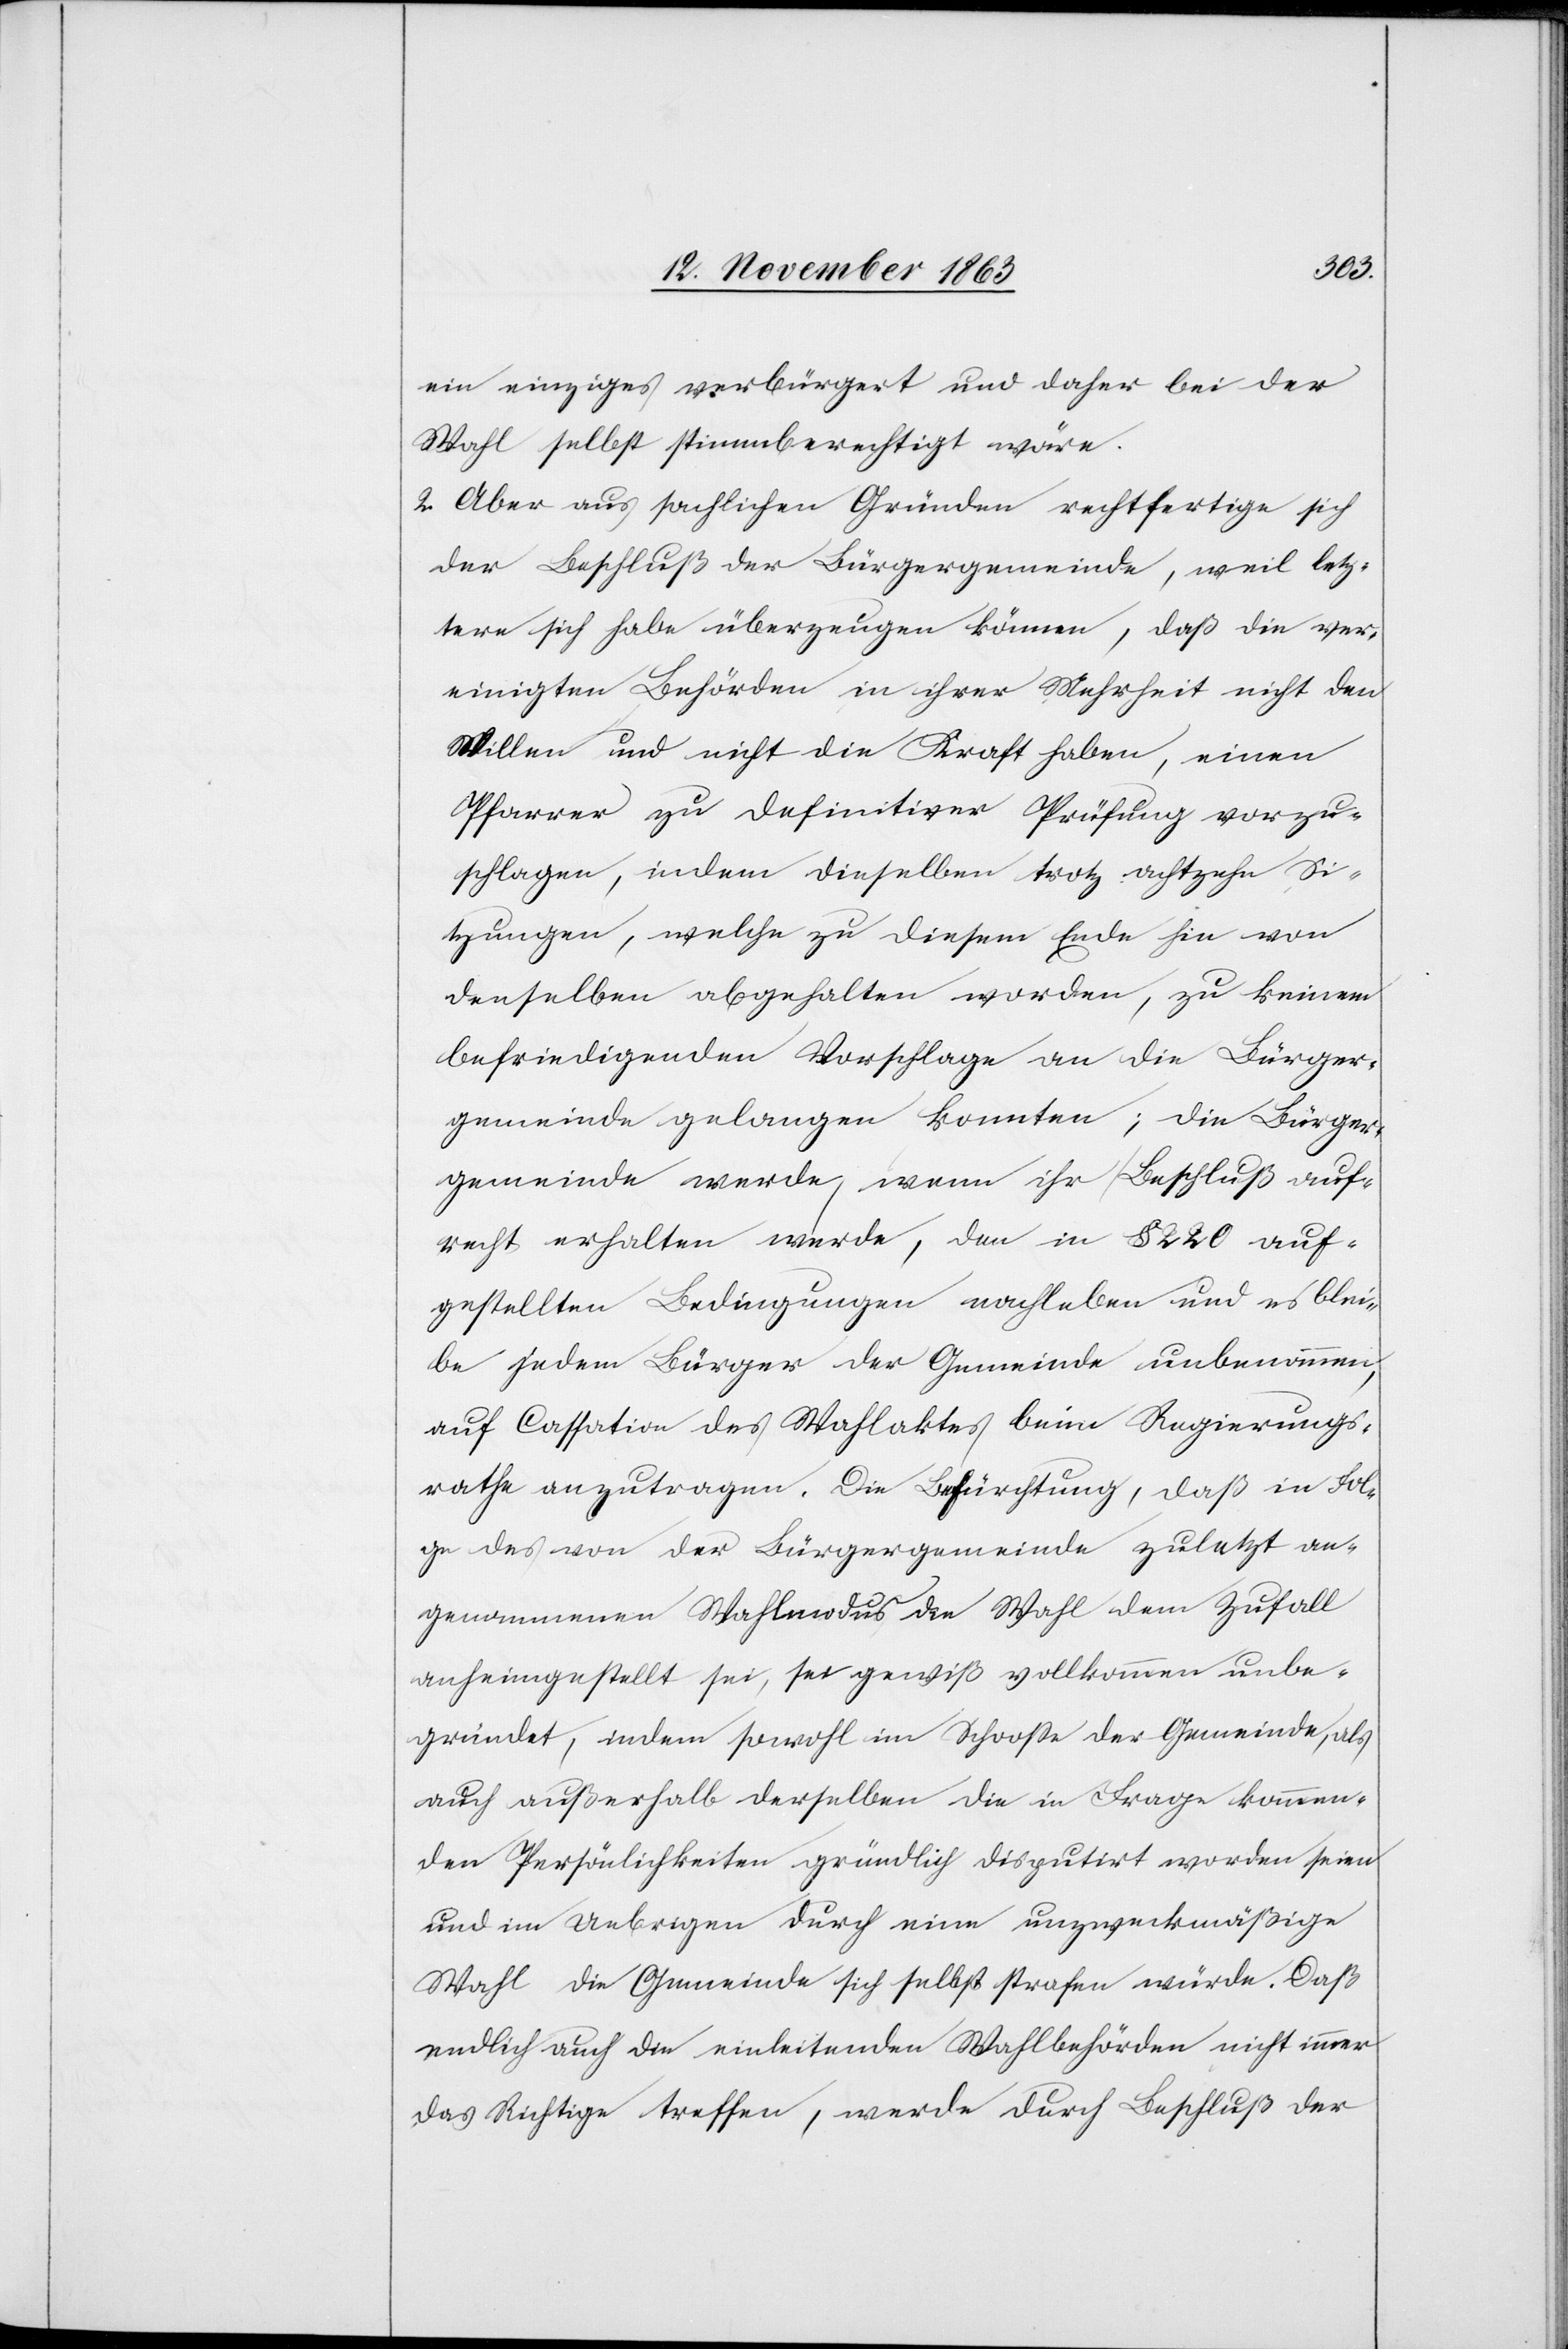
ein einziges verbürgert und daher bei der
Wahl selbst stimmberechtigt wäre.
2. Aber aus sachlichen Gründen rechtfertige sich
der Beschluß der Bürgergemeinde, weil letz¬
tere sich habe überzeugen können, da die ver¬
einigten Behörden in ihrer Mehrheit nicht den
Willen und nicht die Kraft haben, einen
Pfarrer zu definitiver Prüfung vorzu¬
schlagen, indem dieselben trotz achtzehn Si¬
tzungen, welche zu diesem Ende hin von
denselben abgehalten worden, zu keinem
befriedigenden Vorschlage an die Bürger¬
gemeinde gelangen konnten; die Bürger¬
gemeinde werde, wenn ihr Beschluß auf¬
recht erhalten werde, den in § 220 auf¬
gestellten Bedingungen nachleben und es blei¬
be jedem Bürger der Gemeinde unbenommen,
auf Cassation des Wahlaktes beim Regierungs¬
rathe anzutragen. Die Befürchtung, daß in Fol¬
ge des von der Bürgergemeinde zuletzt an¬
genommenen Wahlmodus die Wahl dem Zufall
anheimgestellt sei, sei gewiß vollkommen unbe¬
gründet, indem sowohl im Schoosse der Gemeinde, als
auch außerhalb derselben die in Frage kommen¬
den Persönlichkeiten gründlich disputirt worden seien
und im Uebrigen durch eine unzweckmäßige
Wahl die Gemeinde sich selbst strafen würde. Daß
endlich auch die einleitenden Wahlbehörden nicht immer
das Richtige treffen, werde durch Beschluß der